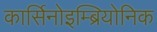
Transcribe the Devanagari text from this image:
कार्सिनोइम्ब्रियोनिक